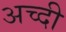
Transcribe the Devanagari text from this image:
अच्दी